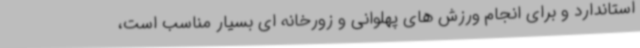
استاندارد و برای انجام ورزش های پهلوانی و زورخانه ای بسیار مناسب است،